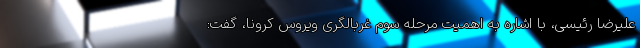
علیرضا رئیسی، با اشاره به اهمیت مرحله سوم غربالگری ویروس کرونا، گفت: